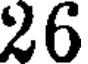
26